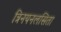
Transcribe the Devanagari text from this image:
त्रिनयनलसिता